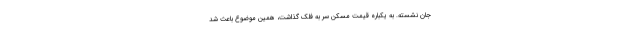
جان نشسته. به یکباره قیمت مسکن سر به فلک گذاشت، همین موضوع باعث شد